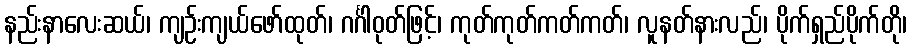
နည်းနာလေးဆယ်၊ ကျဉ်းကျယ်ဖော်ထုတ်၊ ဂင်္ဂါဝုတ်ဖြင့်၊ ကုတ်ကုတ်ကတ်ကတ်၊ လူနတ်နားလည်၊ ပိုက်ရှည်ပိုက်တို၊